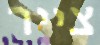
צייר